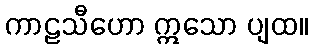
ကာဠသီဟော ဣသော ပျထ။